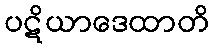
ပဋိယာဒေထာတိ